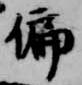
偏